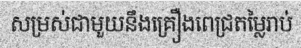
សម្រស់ជាមួយនឹងគ្រឿងពេជ្រតម្លៃរាប់